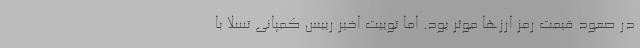
در صعود قیمت رمز ارزها موثر بود. اما توییت اخیر رییس کمپانی تسلا با